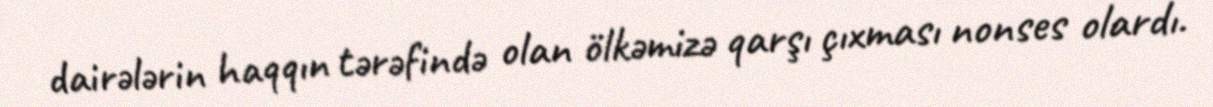
dairələrin haqqın tərəfində olan ölkəmizə qarşı çıxması nonses olardı.